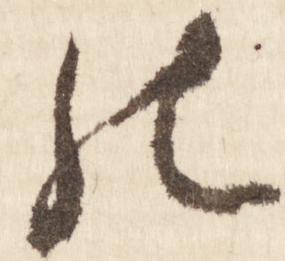
の